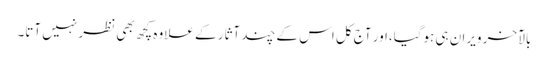
بالآخر ویران ہی ہوگیا،اور آج کل اس کے چند آثار کے علاوہ کچھ بھی نظر نہیں آتا۔